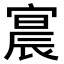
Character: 𫳳